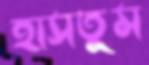
হাসতুম